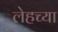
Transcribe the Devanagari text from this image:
लेहच्या